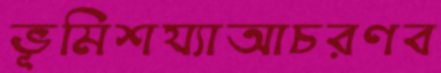
ভূমিশয্যাআচরণব